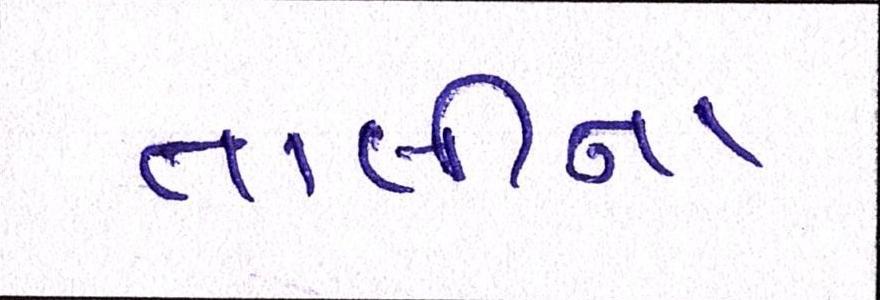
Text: તાલીના